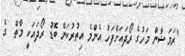
"ރަމަޟާން މަހުގެ ރޯދައަށްފަހު އެންމެ އިތުރުކަން ބޮޑު ރޯދައަކީ މާތް  ގެ